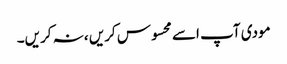
مودی آپ اسے محسوس کریں ،نہ کریں۔